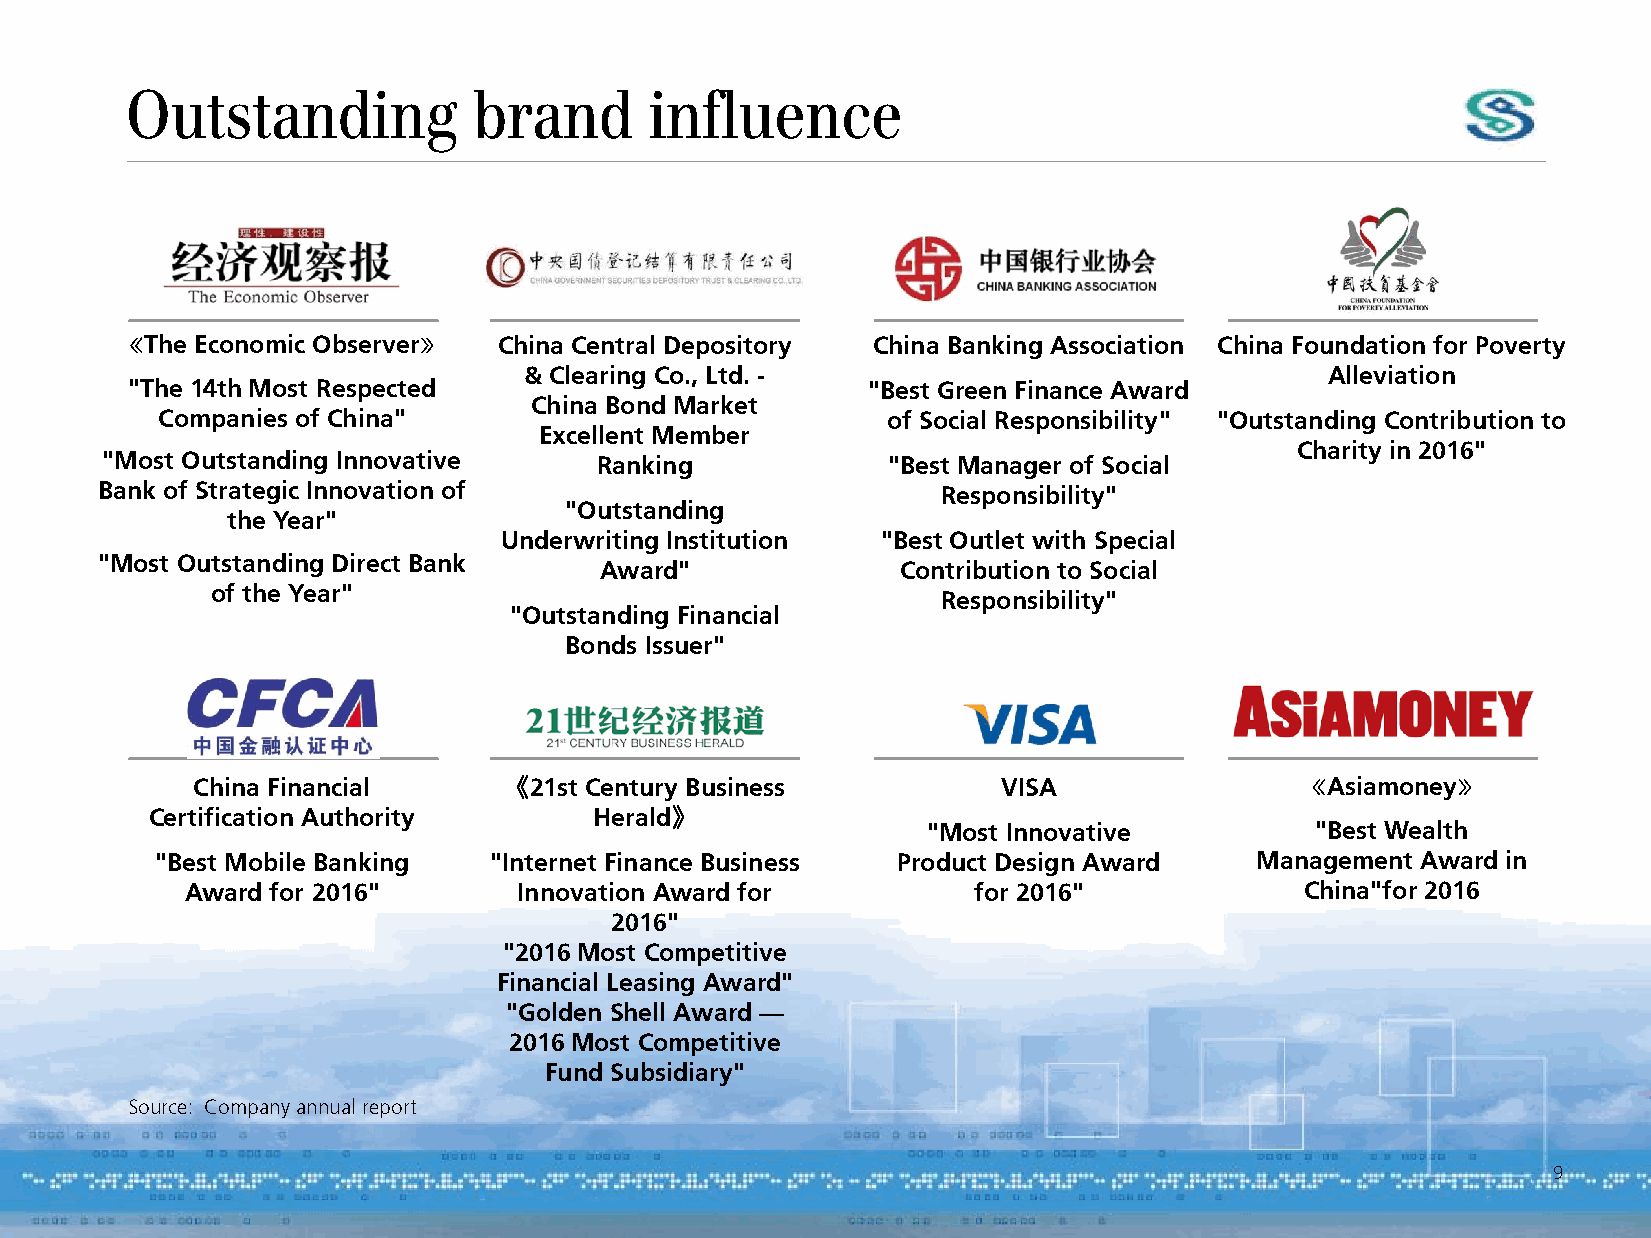
Outstanding            brand       influence
 《The Economic Observer》  China Central Depository China Banking Association China Foundation for Poverty
 & Clearing Co., Ltd. -                               Alleviation
 "The 14th Most Respected                         "Best Green Finance Award
 China Bond Market
 Companies of China"                              of Social Responsibility" "Outstanding Contribution to
 Excellent Member
 Charity in 2016"
 "Most Outstanding Innovative    Ranking             "Best Manager of Social
 Bank of Strategic Innovation of                         Responsibility"
 "Outstanding
 the Year"
 Underwriting Institution "Best Outlet with Special
 "Most Outstanding Direct Bank
 Award"              Contribution to Social
 of the Year"
 Responsibility"
 "Outstanding Financial
 Bonds Issuer"
 China Financial     《21st Century Business           VISA                《Asiamoney》
 Certification Authority      Herald》
 "Most Innovative          "Best Wealth
 "Best Mobile Banking  "Internet Finance Business Product Design Award    Management Award in
 Award for 2016"       Innovation Award for          for 2016"             China"for 2016
 2016"
 "2016 Most Competitive
 Financial Leasing Award"
 "Golden Shell Award —
 2016 Most Competitive
 Fund Subsidiary"
 Source: Company annual report
 9